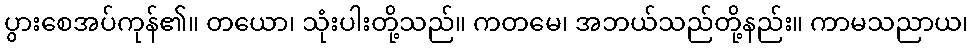
ပွားစေအပ်ကုန်၏။ တယော၊ သုံးပါးတို့သည်။ ကတမေ၊ အဘယ်သည်တို့နည်း။ ကာမသညာယ၊